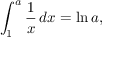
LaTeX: \int _ { 1 } ^ { a } { \frac { 1 } { x } } \, d x = \ln a ,